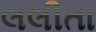
લલીતા